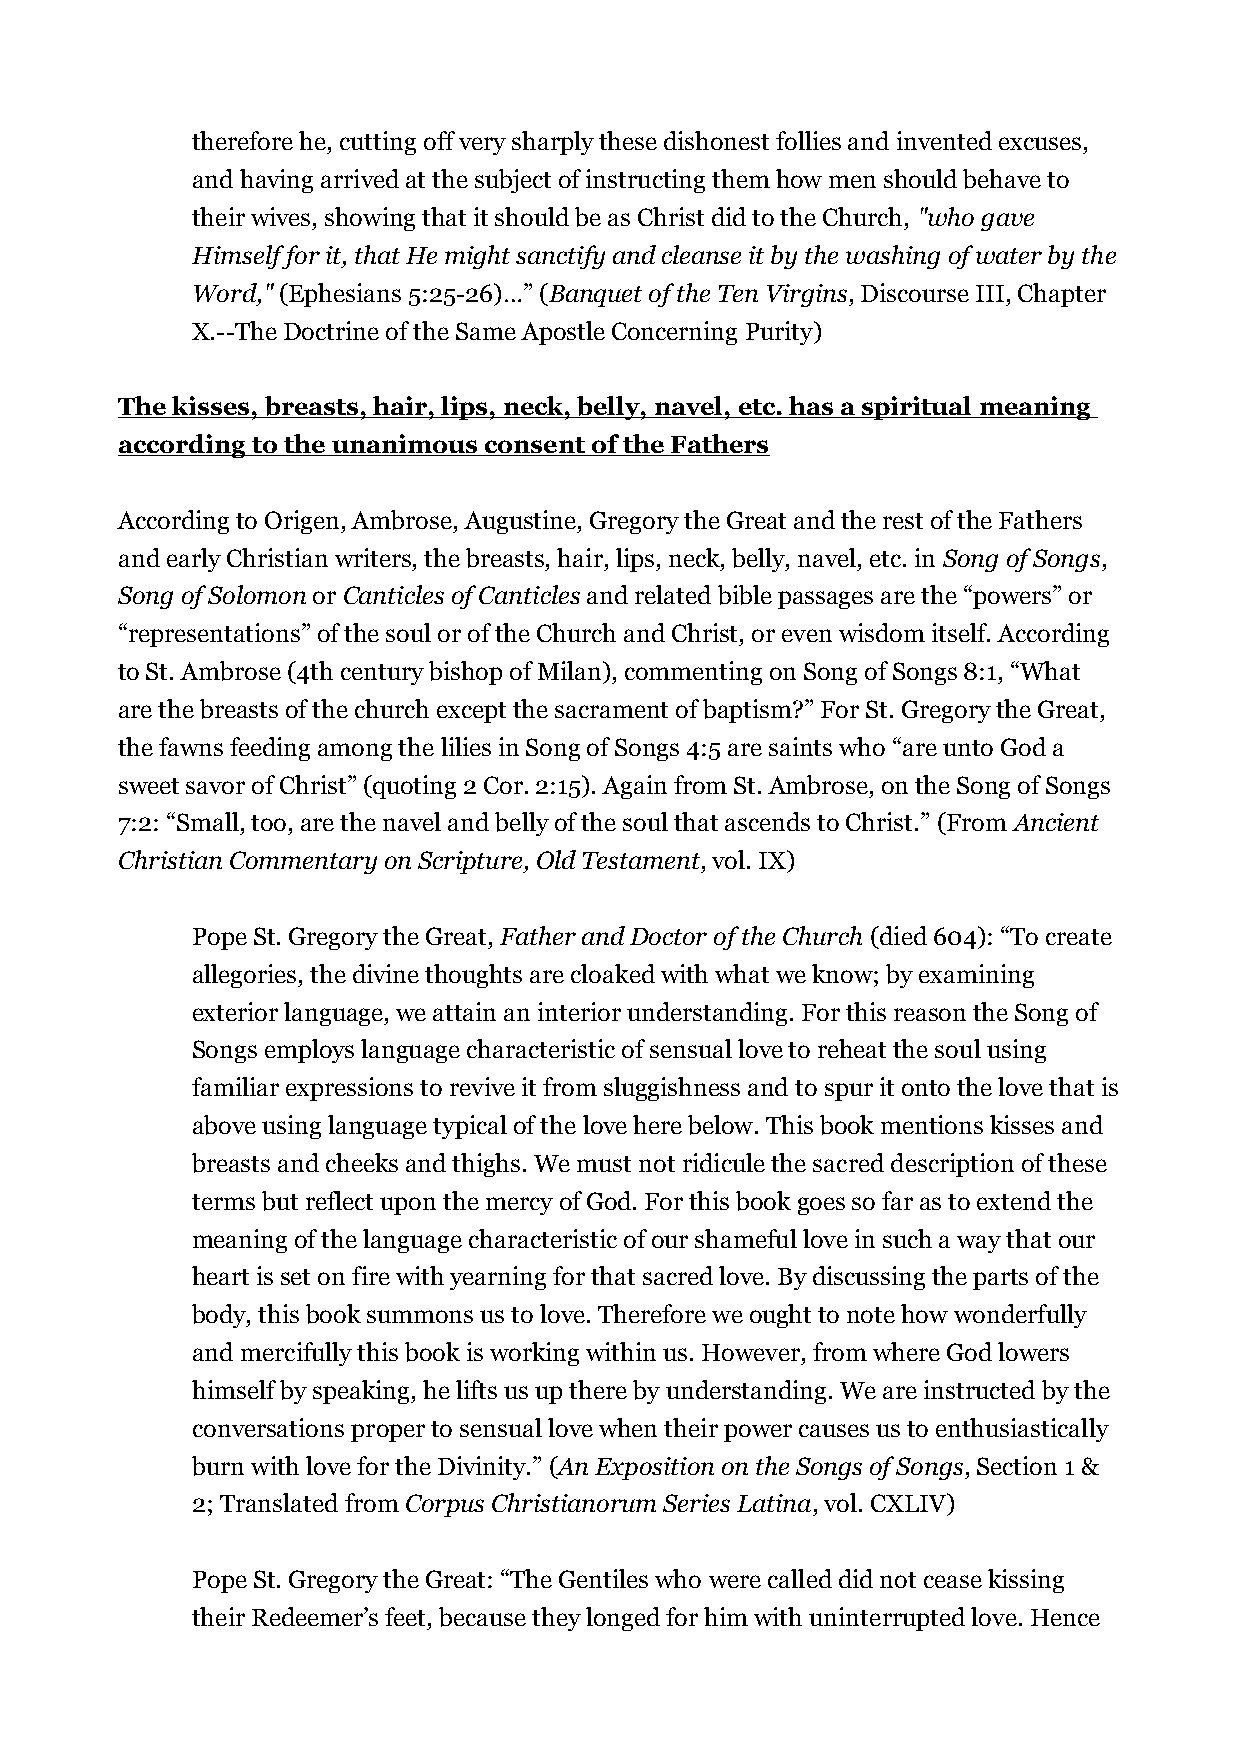
therefore he, cutting off very sharply these dishonest follies and invented excuses,
 and having arrived at the subject of instructing them how men should behave to
 their wives, showing that it should be as Christ did to the Church, "who gave
 Himself for it, that He might sanctify and cleanse it by the washing of water by the
 Word," (Ephesians 5:25-26)…” (Banquet of the Ten Virgins, Discourse III, Chapter
 X.--The Doctrine of the Same Apostle Concerning Purity)
 The kisses, breasts, hair, lips, neck, belly, navel, etc. has a spiritual meaning
 according to the unanimous consent of the Fathers
 According to Origen, Ambrose, Augustine, Gregory the Great and the rest of the Fathers
 and early Christian writers, the breasts, hair, lips, neck, belly, navel, etc. in Song of Songs,
 Song of Solomon or Canticles of Canticles and related bible passages are the “powers” or
 “representations” of the soul or of the Church and Christ, or even wisdom itself. According
 to St. Ambrose (4th century bishop of Milan), commenting on Song of Songs 8:1, “What
 are the breasts of the church except the sacrament of baptism?” For St. Gregory the Great,
 the fawns feeding among the lilies in Song of Songs 4:5 are saints who “are unto God a
 sweet savor of Christ” (quoting 2 Cor. 2:15). Again from St. Ambrose, on the Song of Songs
 7:2: “Small, too, are the navel and belly of the soul that ascends to Christ.” (From Ancient
 Christian Commentary on Scripture, Old Testament, vol. IX)
 Pope St. Gregory the Great, Father and Doctor of the Church (died 604): “To create
 allegories, the divine thoughts are cloaked with what we know; by examining
 exterior language, we attain an interior understanding. For this reason the Song of
 Songs employs language characteristic of sensual love to reheat the soul using
 familiar expressions to revive it from sluggishness and to spur it onto the love that is
 above using language typical of the love here below. This book mentions kisses and
 breasts and cheeks and thighs. We must not ridicule the sacred description of these
 terms but reflect upon the mercy of God. For this book goes so far as to extend the
 meaning of the language characteristic of our shameful love in such a way that our
 heart is set on fire with yearning for that sacred love. By discussing the parts of the
 body, this book summons us to love. Therefore we ought to note how wonderfully
 and mercifully this book is working within us. However, from where God lowers
 himself by speaking, he lifts us up there by understanding. We are instructed by the
 conversations proper to sensual love when their power causes us to enthusiastically
 burn with love for the Divinity.” (An Exposition on the Songs of Songs, Section 1 &
 2; Translated from Corpus Christianorum Series Latina, vol. CXLIV)
 Pope St. Gregory the Great: “The Gentiles who were called did not cease kissing
 their Redeemer’s feet, because they longed for him with uninterrupted love. Hence